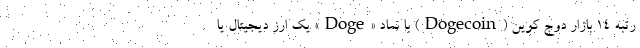
رتبه 14 بازار دوج کوین (Dogecoin) با نماد «Doge» یک ارز دیجیتال یا